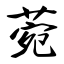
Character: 菀